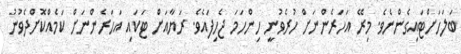
ބަލަހަށްޓައިގެންނެވެ. މިރޭ އަހަރެންނަށް ހުރެވުނީ ހިންހަމަ ޖެހިފައެވެ. ރަޔާއަށް ޓަކައި އަހަރެންނަށް ކަމެއްކޮށްދެވުނު